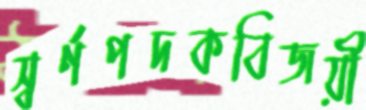
স্বর্ণপদকবিজয়ী